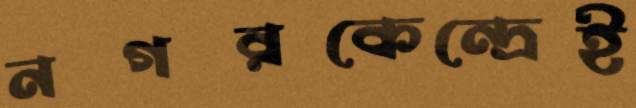
নগরকেন্দ্রেই